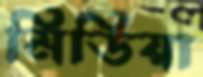
মিডিয়া